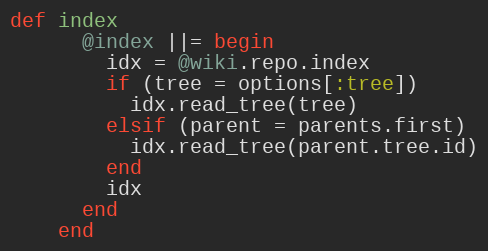
Language: Ruby
def index
      @index ||= begin
        idx = @wiki.repo.index
        if (tree = options[:tree])
          idx.read_tree(tree)
        elsif (parent = parents.first)
          idx.read_tree(parent.tree.id)
        end
        idx
      end
    end